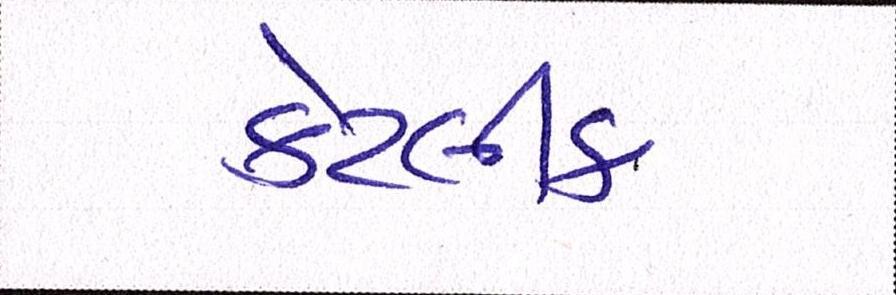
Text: કેટલીક